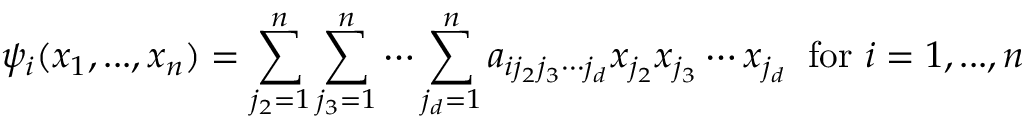
\psi _ { i } ( x _ { 1 } , . . . , x _ { n } ) = \sum _ { j _ { 2 } = 1 } ^ { n } \sum _ { j _ { 3 } = 1 } ^ { n } \cdots \sum _ { j _ { d } = 1 } ^ { n } a _ { i j _ { 2 } j _ { 3 } \cdots j _ { d } } x _ { j _ { 2 } } x _ { j _ { 3 } } \cdots x _ { j _ { d } } \; \; { \mathrm { f o r ~ } } i = 1 , . . . , n